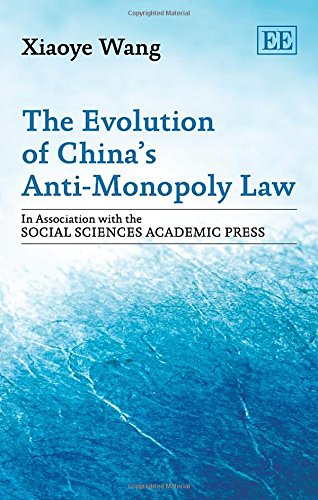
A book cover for The Evolution of China's Anti-Monopoly Law (In Association with the Social Sciences Academic Press); Xiaoye Wang; Law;